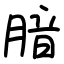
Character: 腤